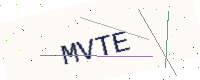
Text: MVTE